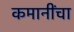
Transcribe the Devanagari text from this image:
कमानींचा